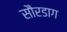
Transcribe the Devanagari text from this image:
सौरडाग